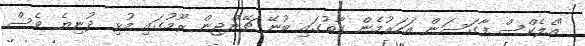
"އެލެކްސް ފާގަސަން އަހަރުމެން ގާތުގައި ބުނޭ ޗޭންޖިން ރޫމުގައި މުޅި ދުނިޔެ ވެސް